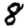
Digit: 8